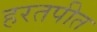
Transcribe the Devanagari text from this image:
हरतपीत